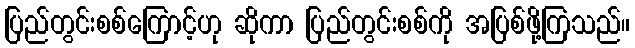
ပြည်တွင်းစစ်ကြောင့်ဟု ဆိုကာ ပြည်တွင်းစစ်ကို အပြစ်ဖို့ကြသည်။